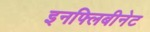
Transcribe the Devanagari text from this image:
इनफ्लिबीनेट